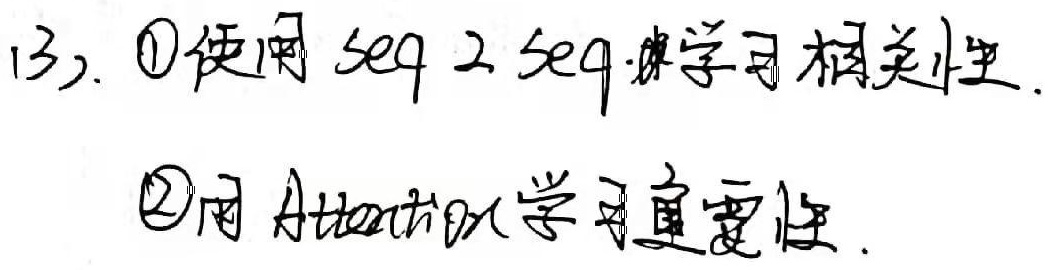
(3) \textcircled{1}使用 seq 2 seq 学习相关性.\textcircled{2}用 Attention 学习重要性.